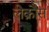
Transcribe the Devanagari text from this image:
लेक्रौस